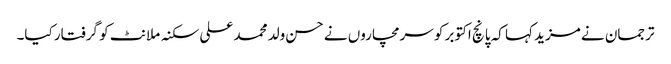
ترجمان نے مزید کہا کہ پانچ اکتوبر کو سرمچاروں نے حسن ولد محمد علی سکنہ ملانٹ کو گرفتار کیا۔